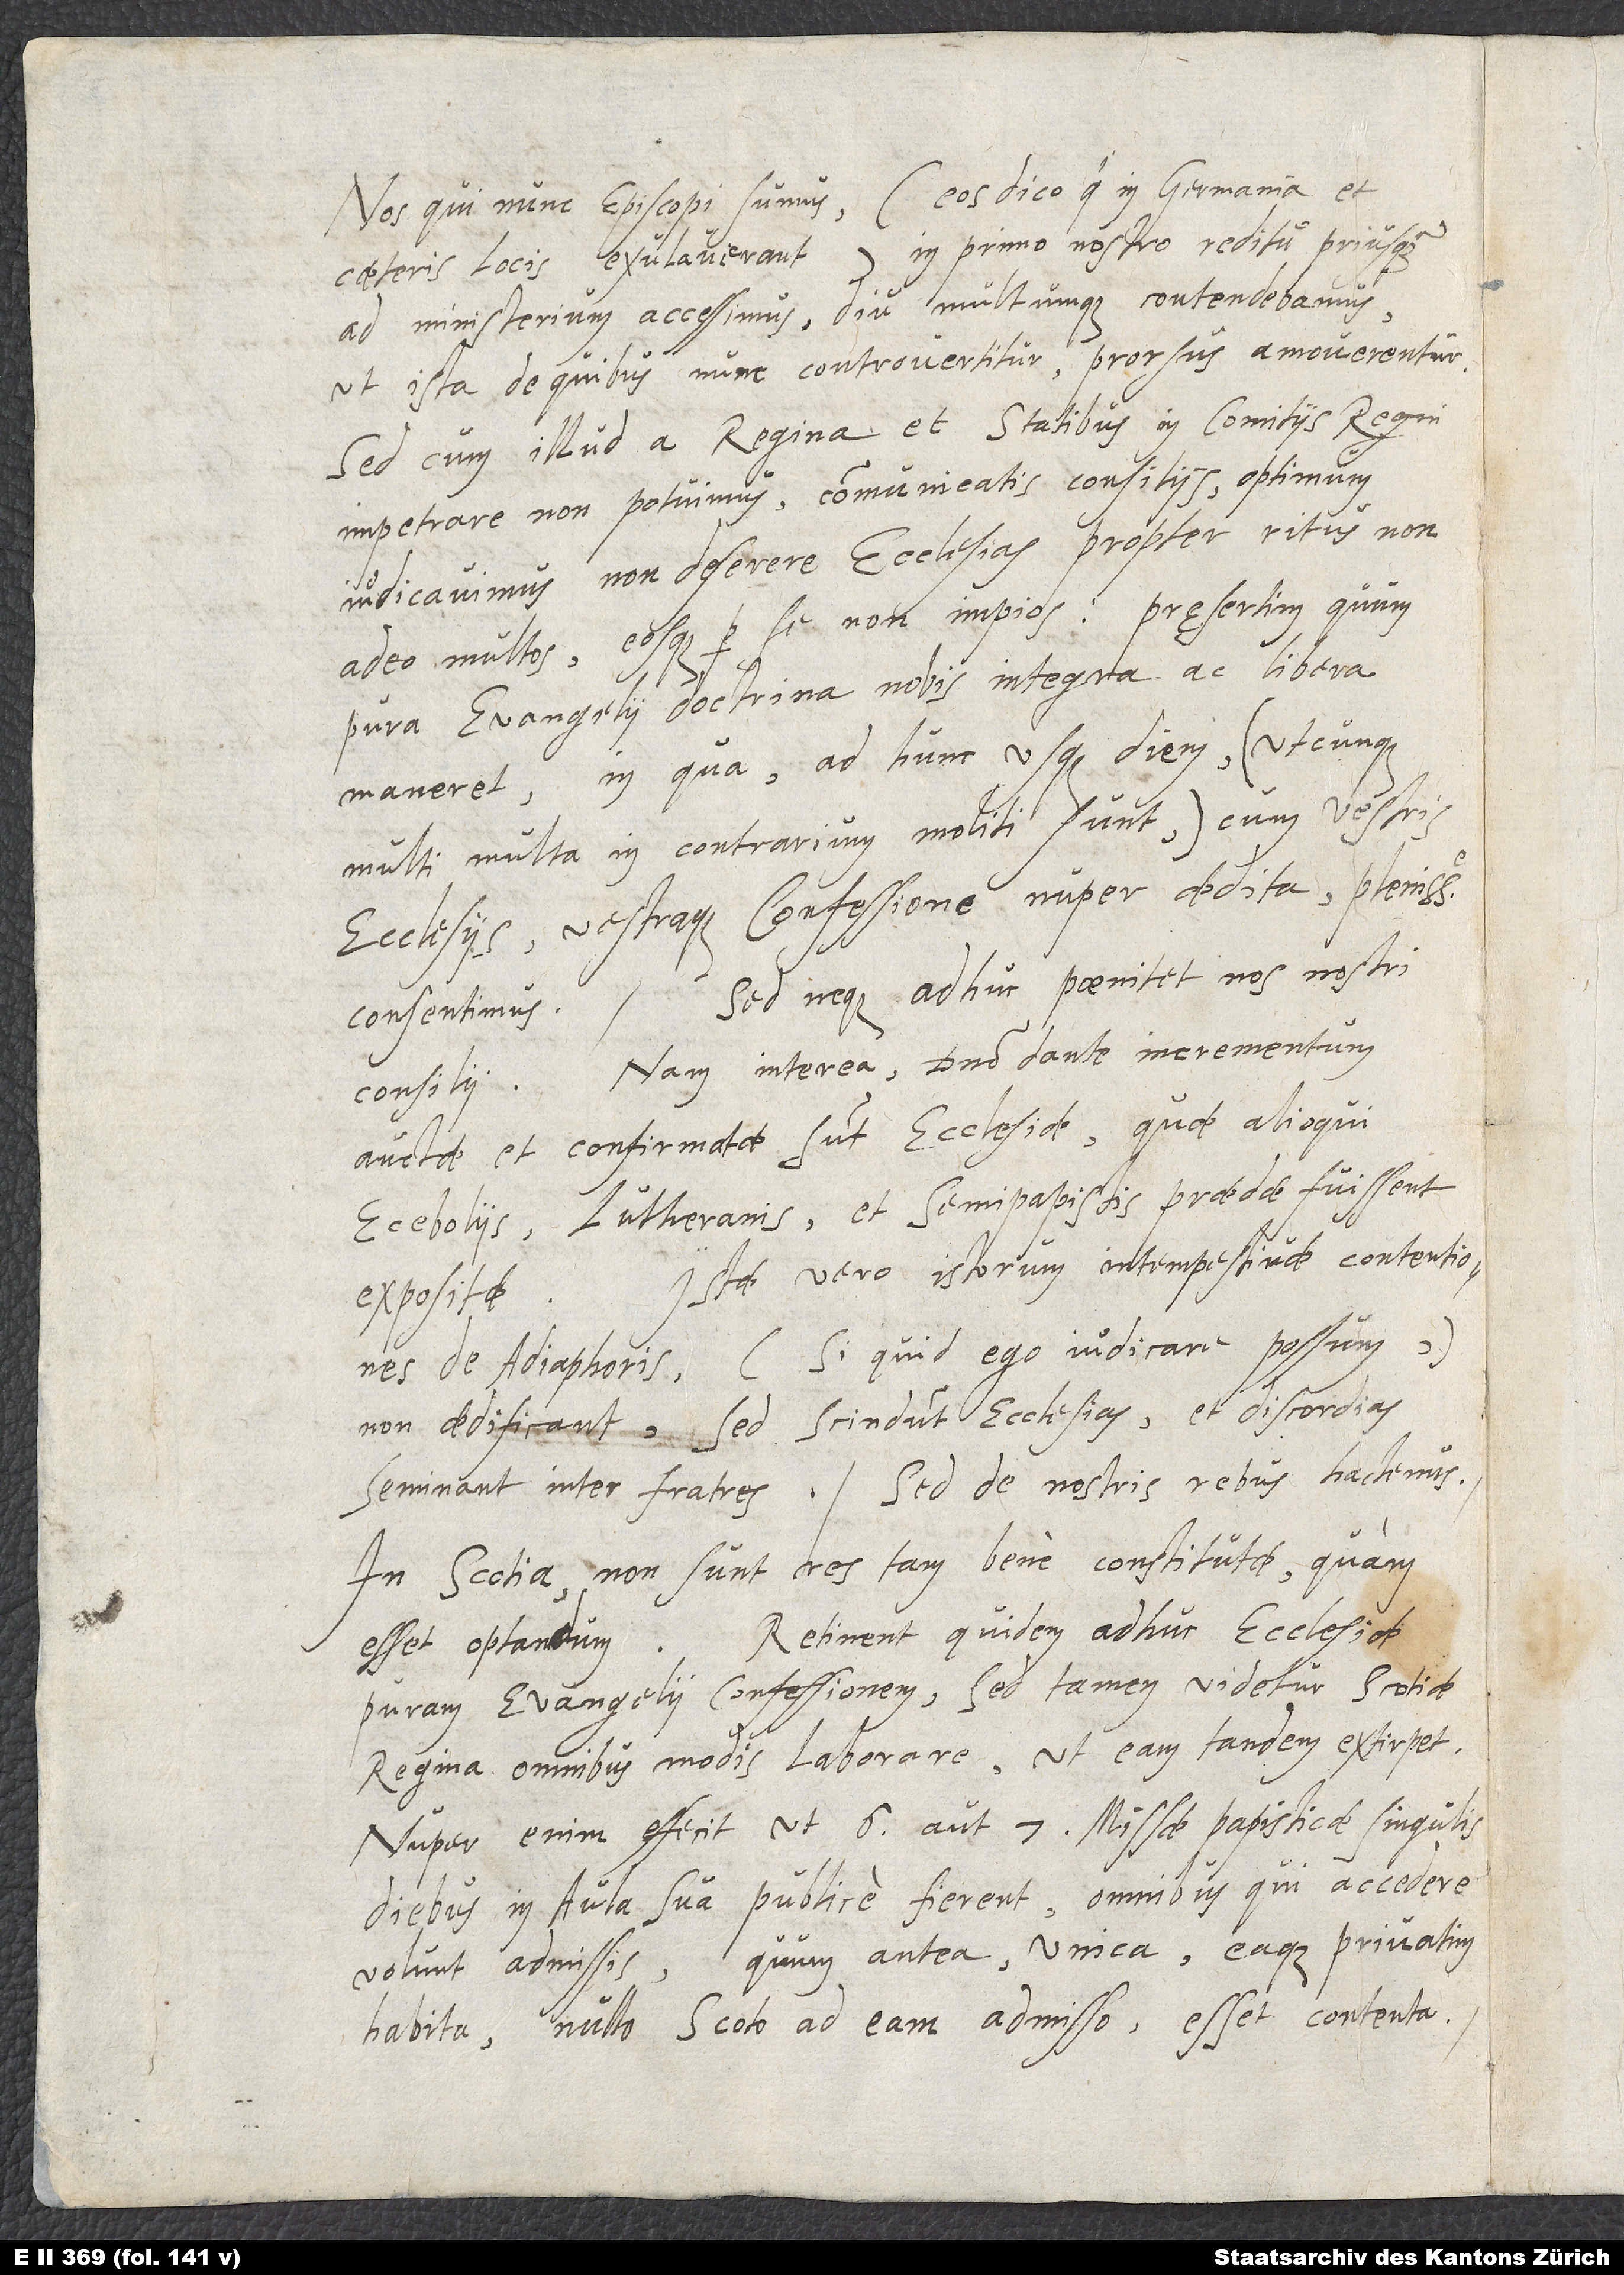
Nos qui nunc episcopi sumus, (eos dico qui in Germania et
ceteris locis exulaverant) in primo nostro reditu, priusquam
ad ministerium accessimus, diu multumque contendebamus,
ut ista, de quibus nunc controvertitur, prorsus amoverentur.
Sed cum illud a regina et statibus in comitiis regni
impetrare non potuimus, communicatis consiliis, optimum
iudicavimus non deserere ecclesias propter ritus non
adeo multos, eosque per se non impios, pręsertim quum
pura evangelii doctrina nobis integra ac libera
maneret, in qua ad hunc usque diem (utcunque
multi multa in contrarium moliti sunt) cum vestris
ecclesiis vestraque confessione nuper edita plenissime
Sed neque adhuc poenitet nos nostri
consentimus.
Nam interea, domino dante incrementum,
consilii.
auctae et confirmatae sunt ecclesiae, quae alioqui
Eceboliis, Lutheranis, et Semipapistis praedae fuissent
Istae vero istorum intempestivae contentiones
expositae.
de adiaphoris (si quid ego iudicare possum)
non aedificant, sed scindunt ecclesias et discordias
In Scotia non sunt res tam bene constitutae quam
esset optandum. Retinent quidem adhuc ecclesiae
puram evangelii confessionem; sed tamen videtur Scotiae
regina omnibus modis laborare, ut eam tandem extirpet.
Nuper enim effecit, ut 6 aut 7 missae papisticae singulis
in aula sua publice fierent, omnibus qui accedere
volunt admissis; quum antea unica, eaque privatim
habita, nullo Scoto ad eam admisso, esset contenta.